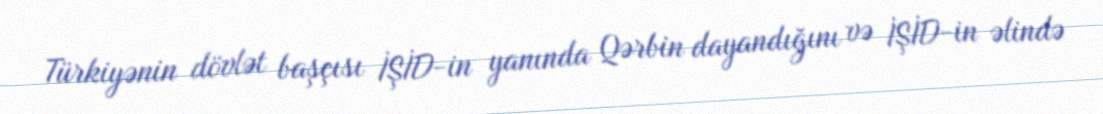
Türkiyənin dövlət başçısı İŞİD-in yanında Qərbin dayandığını və İŞİD-in əlində